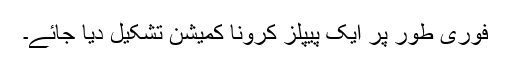
فوری طور پر ایک پیپلز کرونا کمیشن تشکیل دیا جائے۔